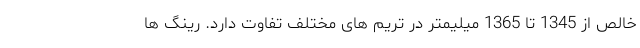
خالص از 1345 تا 1365 میلیمتر در تریم های مختلف تفاوت دارد. رینگ ها